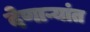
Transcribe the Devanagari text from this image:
देणाऱ्यांत